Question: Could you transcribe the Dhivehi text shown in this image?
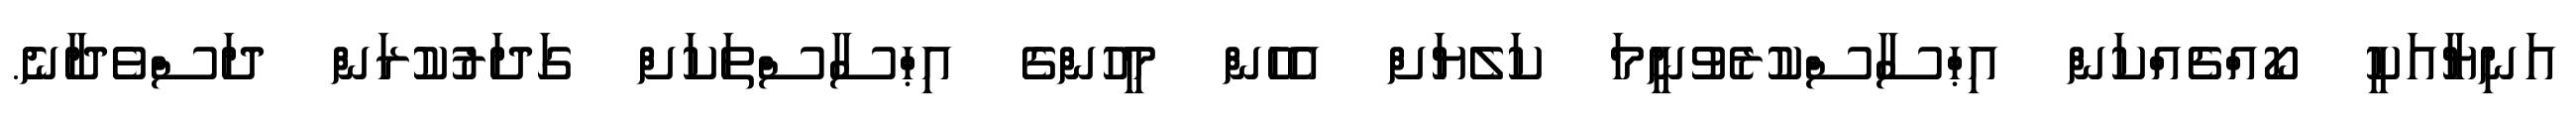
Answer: އަނިޔާއަކީ ކޯއްޗެއްކަން އިޙްސާސްކުރެވުނީމަ ކަލެޔަށް އެހެން މީހުންގެ އިޙްސާސްތަކަށް ގަދަރުކުރަން ދަސްވެދާނެ.